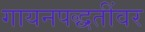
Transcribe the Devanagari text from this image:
गायनपद्धतींवर